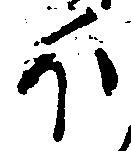
ほ